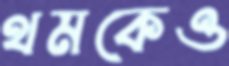
থমকেও